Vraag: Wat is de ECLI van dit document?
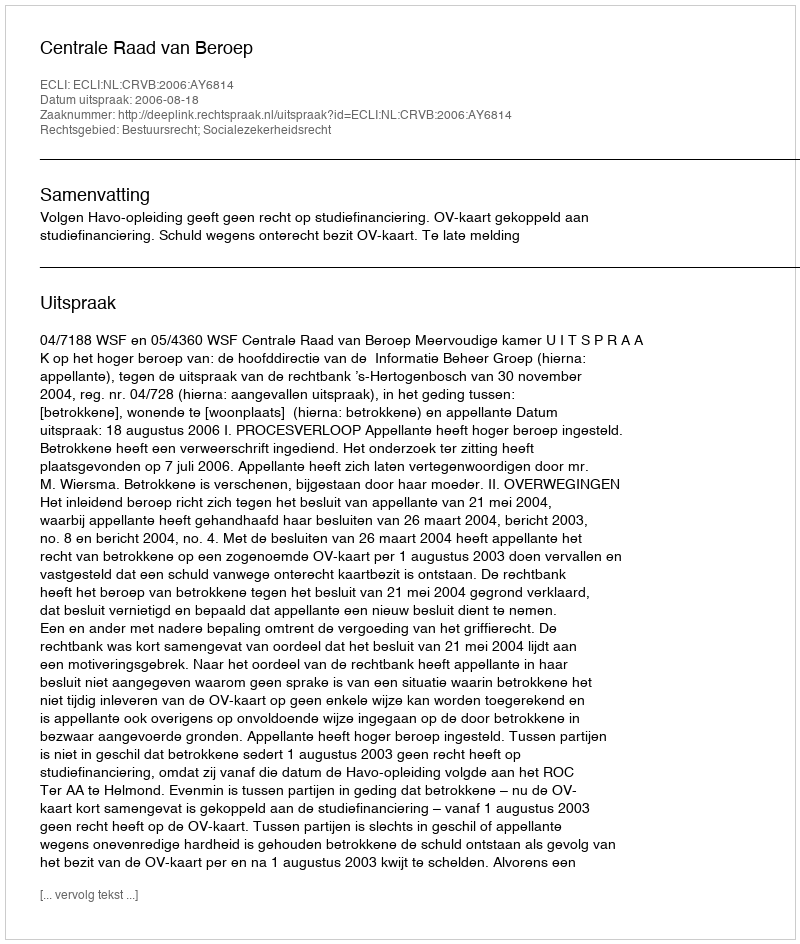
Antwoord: ECLI:NL:CRVB:2006:AY6814